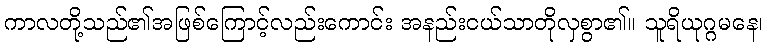
ကာလတို့သည်၏အဖြစ်ကြောင့်လည်းကောင်း အနည်းငယ်သာတိုလှစွာ၏။ သူရိယုဂ္ဂမနေ၊